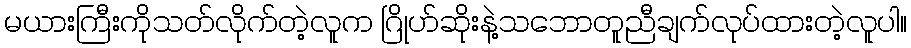
မယားကြီးကိုသတ်လိုက်တဲ့လူက ဂြိုဟ်ဆိုးနဲ့သဘောတူညီချက်လုပ်ထားတဲ့လူပါ။